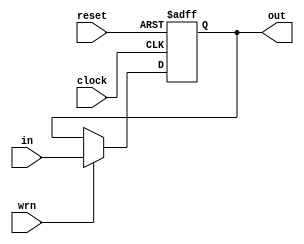
module pipe_reg_1(
	input in,
    input clock,
	input reset,
	input wrn,
	output reg out
	);
 
	always @(posedge clock,negedge reset) 
	begin
		if(!reset)
			out <= 0;
		else 
			if(wrn)
				out <= in;
	end
endmodule